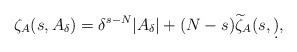
\begin{align*}\zeta_A(s,A_\delta)=\delta^{s-N}|A_\delta|+(N-s)\widetilde\zeta_A(s,\d),\end{align*}